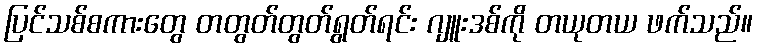
ပြင်သစ်စကားတွေ တတွတ်တွတ်ရွတ်ရင်း ဂျူးဒစ်ကို တယုတယ ဖက်သည်။